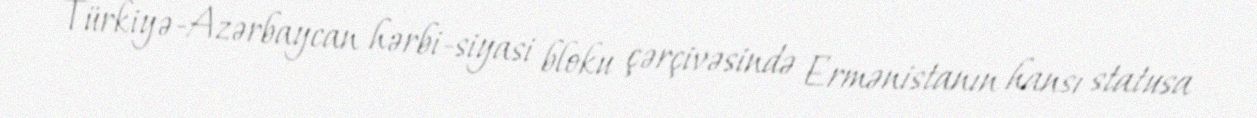
Türkiyə-Azərbaycan hərbi-siyasi bloku çərçivəsində Ermənistanın hansı statusa